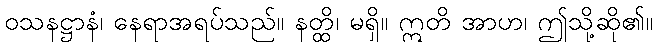
ဝသနဋ္ဌာနံ၊ နေရာအရပ်သည်။ နတ္ထိ၊ မရှိ။ ဣတိ အာဟ၊ ဤသို့ဆို၏။